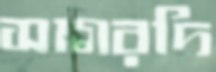
সাগরদি